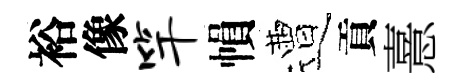
裕像竿𢄙遭貢憙